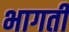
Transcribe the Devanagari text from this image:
भागतीं